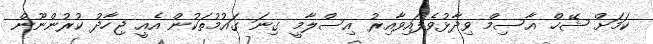
ކަމަށް ޝޭޚް އާސިމް ވިދާޅުވެފައިވާއިރު އިސްލާމީ ގިނަ ގައުމުތަކުން އެއީ ޖިހާދު ކުރުންނޫން